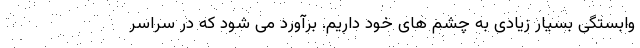
وابستگی بسیار زیادی به چشم های خود داریم. برآورد می شود که در سراسر